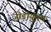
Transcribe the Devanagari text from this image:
जोड़ीयुक्त